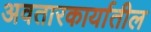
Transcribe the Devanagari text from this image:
अवतारकार्यातील